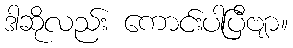
ဒါဆိုလည်း ကောင်းပါပြီဗျာ။